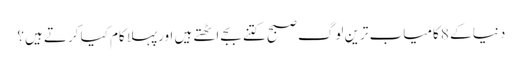
دنیا کے 8 کامیاب ترین لوگ صبح کتنے بجے اٹھتے ہیں اورپہلا کام کیا کرتے ہیں؟